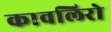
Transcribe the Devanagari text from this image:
कावलिरो